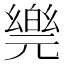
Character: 𠒴